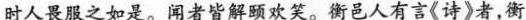
时人畏服之如是。闻者皆解颐欢笑。衡邑人有言《诗》者，衡